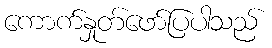
ကောက်နှုတ်ဖော်ပြပါသည်